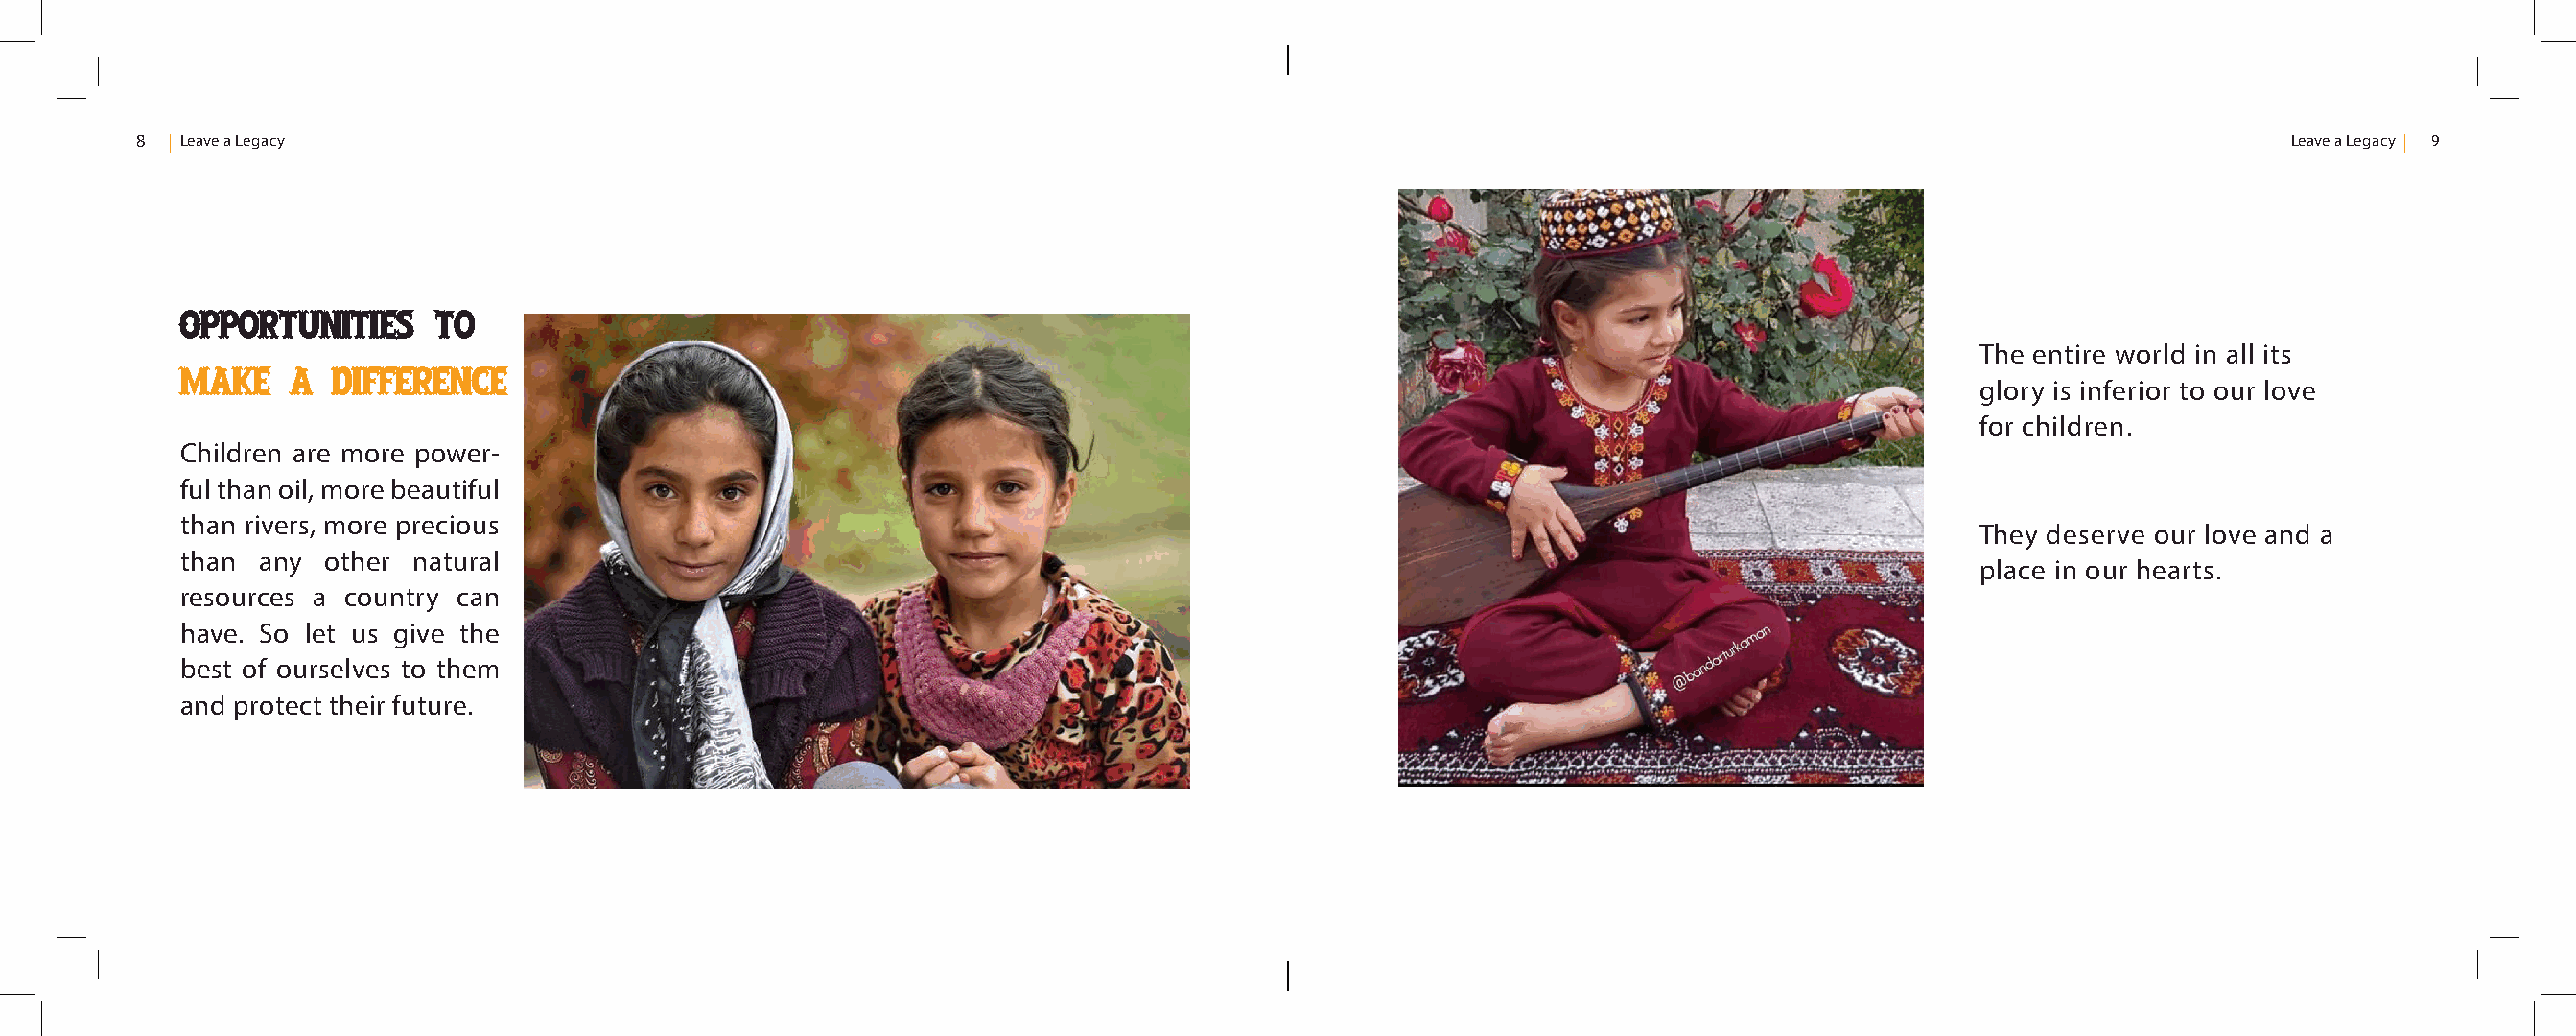
8  Leave a Legacy                                                                                                                                    Leave a Legacy 9
 Opportunities     to
 The entire world in all its
 make    a  difference
 glory is inferior to our love
 for children.
 Children are more power-
 ful than oil, more beautiful
 than rivers, more precious
 They deserve our love and a
 than  any other  natural
 place in our hearts.
 resources a country can
 have. So let us give the
 best of ourselves to them
 and protect their future.